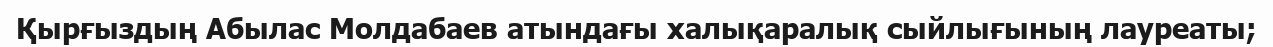
Қырғыздың Абылас Молдабаев атындағы халықаралық сыйлығының лауреаты;